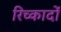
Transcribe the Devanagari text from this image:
रिच्कार्दो